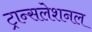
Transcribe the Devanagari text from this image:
ट्रान्सलेशनल